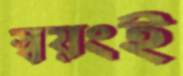
স্বয়ংই